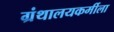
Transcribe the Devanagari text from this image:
ग्रंथालयकर्मीला